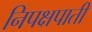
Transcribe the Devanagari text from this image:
निपक्षपाती